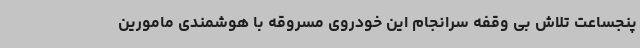
پنجساعت تلاش بی وقفه سرانجام این خودروی مسروقه با هوشمندی مامورین